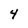
Character: 4